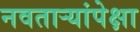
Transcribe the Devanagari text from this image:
नवताऱ्यांपेक्षा